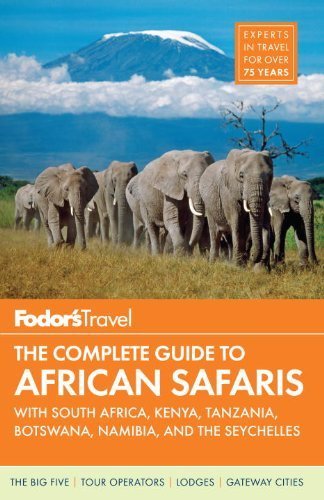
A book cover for Fodor's The Complete Guide to African Safaris: with South Africa, Kenya, Tanzania, Botswana, Namibia, and the Seychelles (Full-color Travel Guide) 3rd edition by Fodor's (2013) Paperback; Fodor's; Travel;